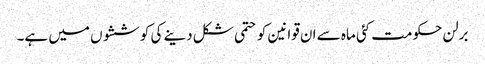
برلن حکومت کئی ماہ سے ان قوانین کو حتمی شکل دینے کی کوششوں میں ہے۔